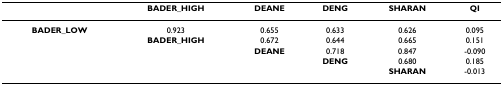
<table><thead><tr><td></td><td><b>BADER_HIGH</b></td><td><b>DEANE</b></td><td><b>DENG</b></td><td><b>SHARAN</b></td><td><b>QI</b></td></tr></thead><tbody><tr><td><b>BADER_LOW</b></td><td>0.923</td><td>0.655</td><td>0.633</td><td>0.626</td><td>0.095</td></tr><tr><td></td><td><b>BADER_HIGH</b></td><td>0.672</td><td>0.644</td><td>0.665</td><td>0.151</td></tr><tr><td></td><td></td><td><b>DEANE</b></td><td>0.718</td><td>0.847</td><td>-0.090</td></tr><tr><td></td><td></td><td></td><td><b>DENG</b></td><td>0.680</td><td>0.185</td></tr><tr><td></td><td></td><td></td><td></td><td><b>SHARAN</b></td><td>-0.013</td></tr></tbody></table>